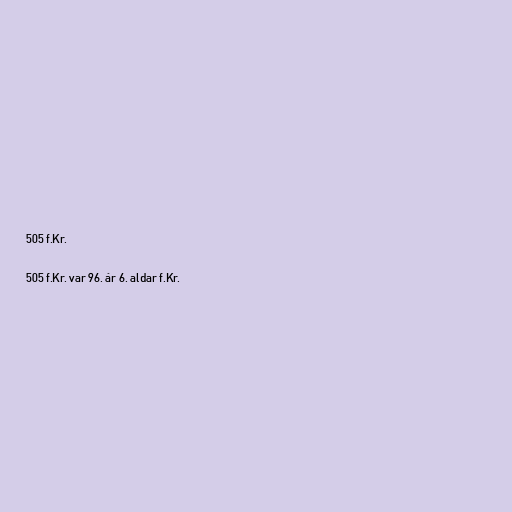
505 f.Kr.

505 f.Kr. var 96. ár 6. aldar f.Kr.